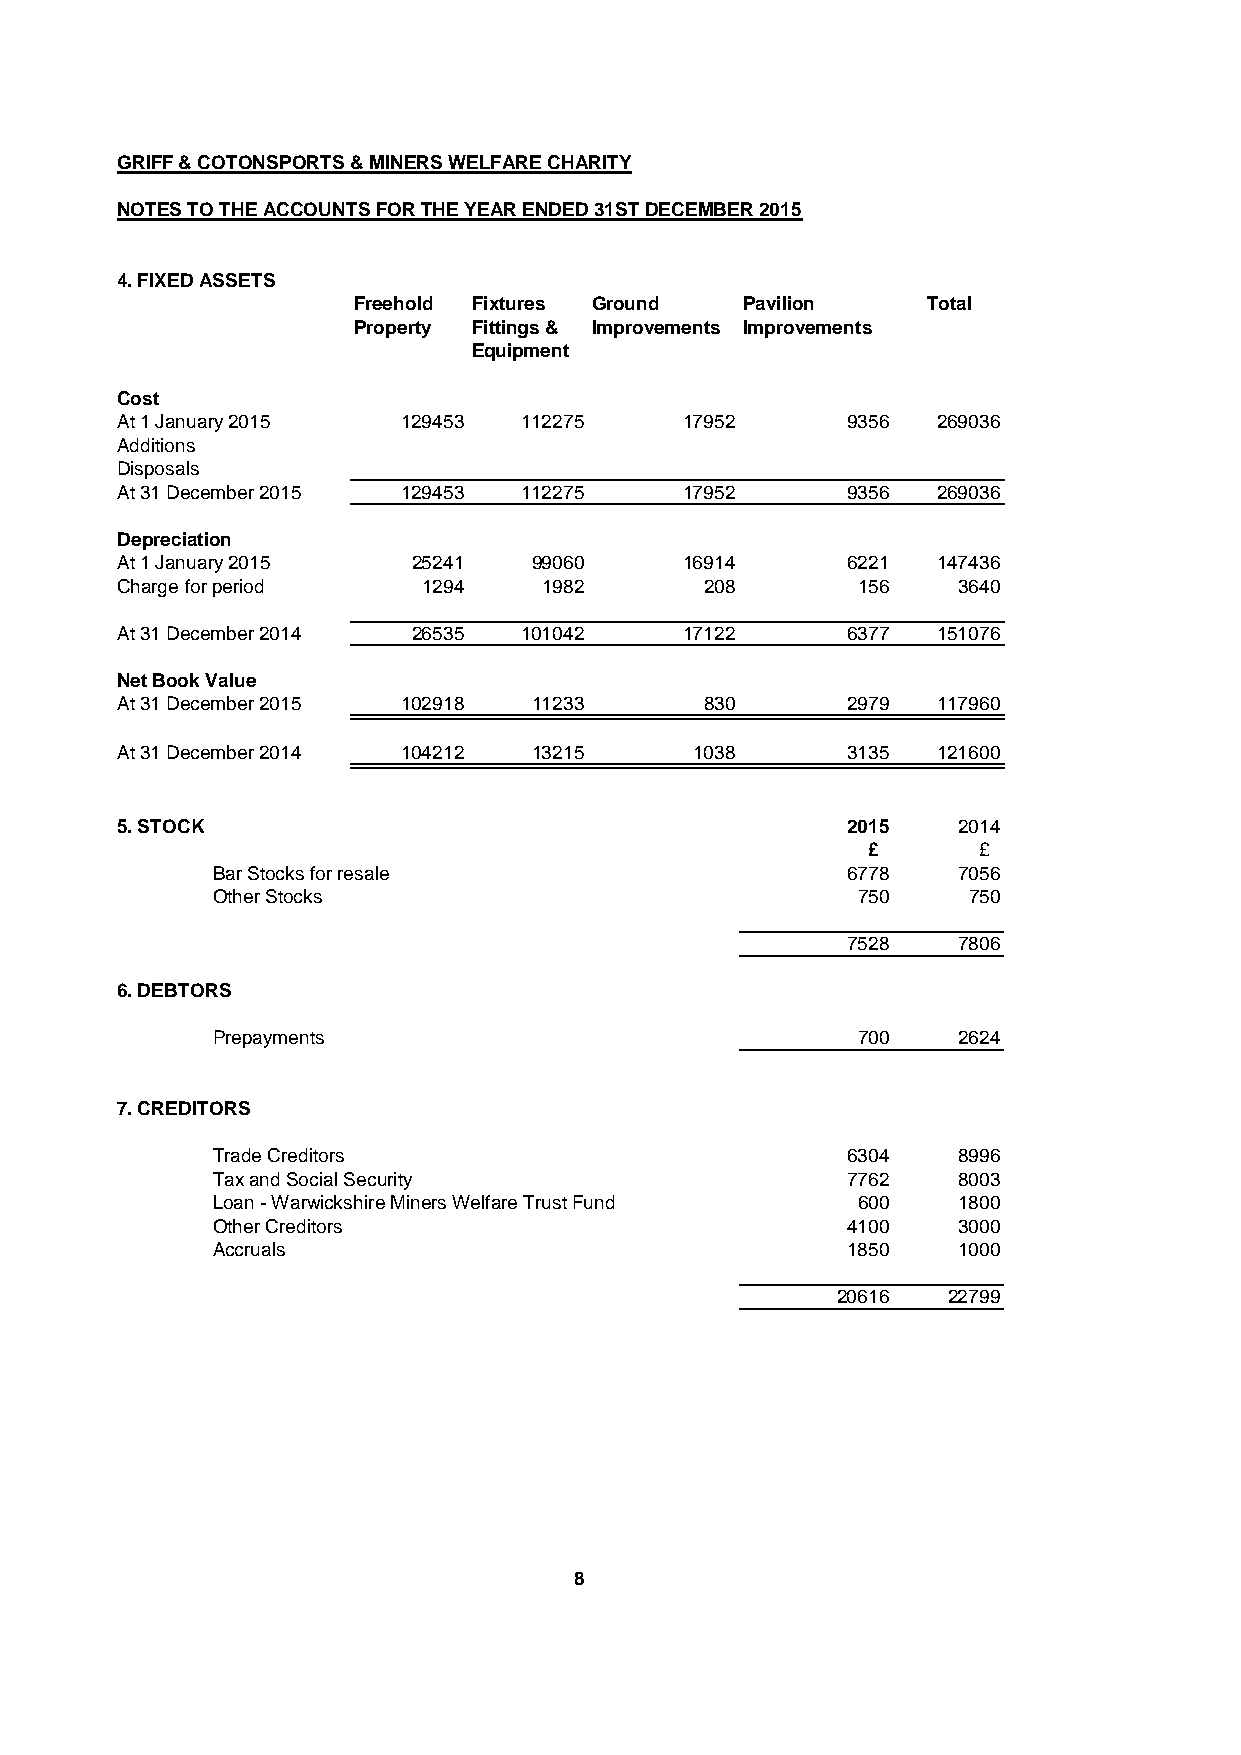
GRIFF & COTONSPORTS & MINERS WELFARE CHARITY
 NOTES TO THE ACCOUNTS FOR THE YEAR ENDED 31ST DECEMBER 2015
 4. FIXED ASSETS
 Freehold Fixtures Ground  Pavilion    Total
 Property Fittings & Improvements Improvements
 Equipment
 Cost
 At 1 January 2015  129453 112275     17952      9356  269036
 Additions
 Disposals
 At 31 December 2015 129453 112275    17952      9356  269036
 Depreciation
 At 1 January 2015  25241   99060     16914      6221  147436
 Charge for period   1294    1982       208       156   3640
 At 31 December 2014 26535 101042     17122      6377  151076
 Net Book Value
 At 31 December 2015 102918 11233       830      2979  117960
 At 31 December 2014 104212 13215      1038      3135  121600
 5. STOCK                                        2015   2014
 £       £
 Bar Stocks for resale                     6778   7056
 Other Stocks                               750    750
 7528   7806
 6. DEBTORS
 Prepayments                                700   2624
 7. CREDITORS
 Trade Creditors                           6304   8996
 Tax and Social Security                   7762   8003
 Loan - Warwickshire Miners Welfare Trust Fund 600 1800
 Other Creditors                           4100   3000
 Accruals                                  1850   1000
 20616   22799
 8